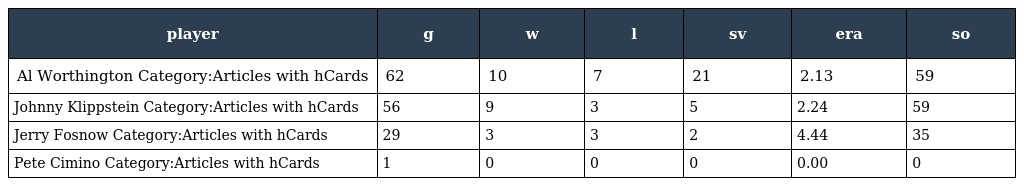
| player | g | w | l | sv | era | so |
 | --- | --- | --- | --- | --- | --- | --- |
 | Al Worthington Category:Articles with hCards | 62 | 10 | 7 | 21 | 2.13 | 59 |
 | Johnny Klippstein Category:Articles with hCards | 56 | 9 | 3 | 5 | 2.24 | 59 |
 | Jerry Fosnow Category:Articles with hCards | 29 | 3 | 3 | 2 | 4.44 | 35 |
 | Pete Cimino Category:Articles with hCards | 1 | 0 | 0 | 0 | 0.00 | 0 |